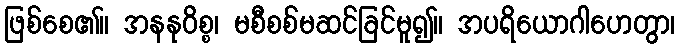
ဖြစ်စေ၏။ အနနုဝိစ္စ၊ မစီစစ်မဆင်ခြင်မူ၍။ အပရိယောဂါဟေတွာ၊